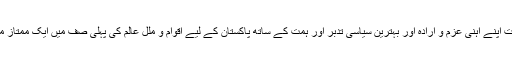
آپ نے یقین ظاہر فرمایا کہ صدرِ مملکت اپنے آہنی عزم و ارادہ اور بہترین سیاسی تدبر اور ہمت کے ساتھ پاکستان کے لیے اقوام و مللِ عالم کی پہلی صف میں ایک ممتاز مقام حاصل کرنے میں کامیاب ہوں گے۔